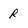
Character: R